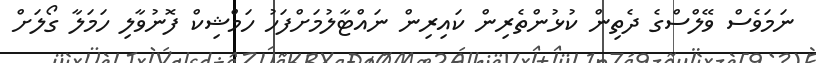
ނަމަވެސް ވޭލްސްގެ ދެތިން ކުޅުންތެރިން ކައިރިން ނައްޓާލުމަށްފަހު ހަމްޝިކް ފޮނުވާލި ހަމަލާ ގޯލަށް